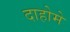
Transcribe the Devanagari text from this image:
दाहोमे